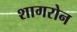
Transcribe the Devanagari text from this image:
शागरोन